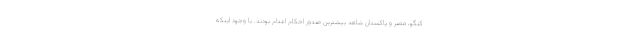
کنگو، مصر و پاکستان شاهد بیشترین صدور احکام اعدام بودند. با وجود اینکه